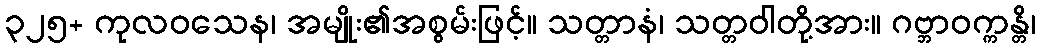
၃၂၅+ ကုလဝသေန၊ အမျိုး၏အစွမ်းဖြင့်။ သတ္တာနံ၊ သတ္တဝါတို့အား။ ဂဗ္ဘာဝက္ကန္တိ၊